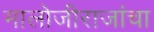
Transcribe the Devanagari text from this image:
मालोजीराजांचा